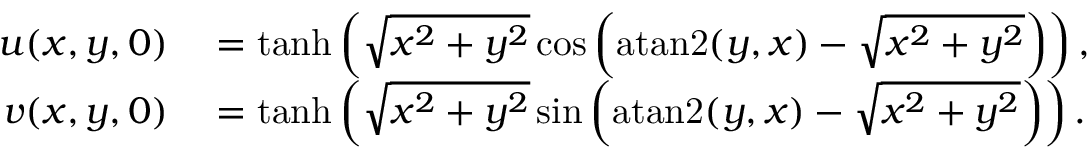
\begin{array} { r l } { u ( x , y , 0 ) } & { { } = \operatorname { t a n h } \left( \sqrt { x ^ { 2 } + y ^ { 2 } } \cos \left( \operatorname { a t a n 2 } ( y , x ) - \sqrt { x ^ { 2 } + y ^ { 2 } } \right) \right) , } \\ { v ( x , y , 0 ) } & { { } = \operatorname { t a n h } \left( \sqrt { x ^ { 2 } + y ^ { 2 } } \sin \left( \operatorname { a t a n 2 } ( y , x ) - \sqrt { x ^ { 2 } + y ^ { 2 } } \right) \right) . } \end{array}